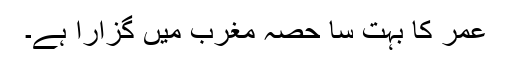
عمر کا بہت سا حصہ مغرب میں گزارا ہے۔